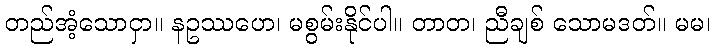
တည်အံ့သောငှာ။ နဥဿဟေ၊ မစွမ်းနိုင်ပါ။ တာတ၊ ညီချစ် သောမဒတ်။ မမ၊